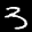
Label: 3